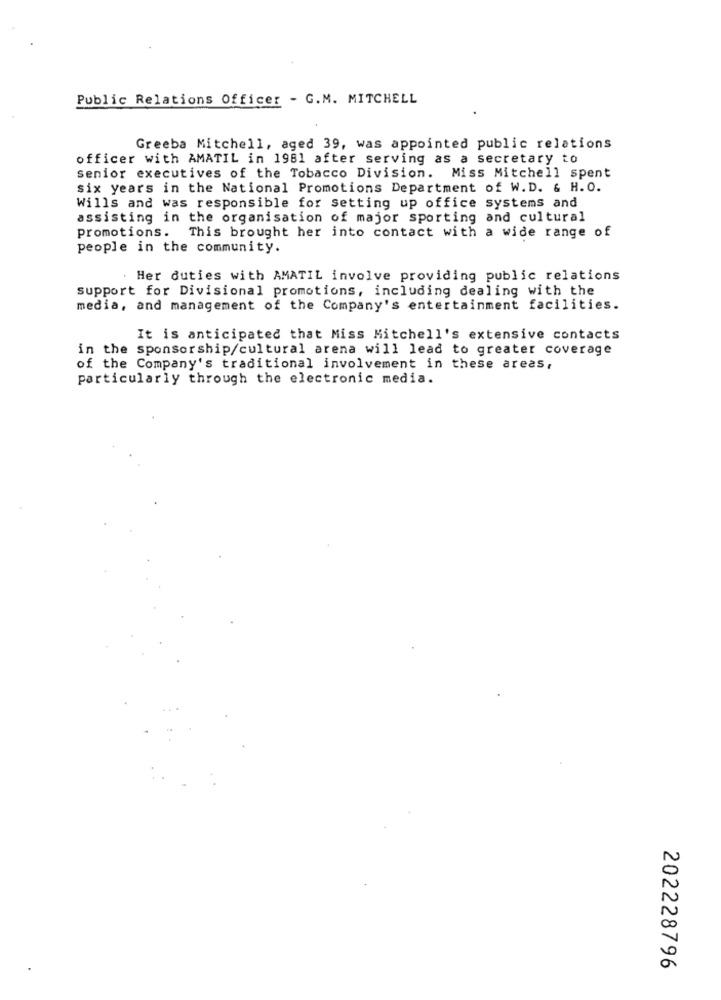
Public Relations Officer - G.M. MITCHELL
Greeba Mitchell, aged 39, was appointed public relations
officer with AMATIL in 1981 after serving as a secretary to
senior executives of the Tobacco Division. Miss Mitchell spent
six years in the National Promotions Department of W.D. & H.O.
Wills and was responsible for setting up office systems and
assisting in the organisation of major sporting and cultural
promotions. This brought her into contact with a wide range of
people in the community.
Her duties with AMATIL involve providing public relations
support for Divisional promotions, including dealing with the
media, and management of the Company's entertainment facilities.
It is anticipated that Miss Mitchell's extensive contacts
in the sponsorship/cultural arena will lead to greater coverage
of the Company's traditional involvement in these areas,
particularly through the electronic media.
202228796